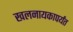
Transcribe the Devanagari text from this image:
खलनायकापर्यंत